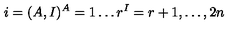
i = ( A , I ) \sp A = 1 \ldots r \sp I = r + 1 , \ldots , 2 n